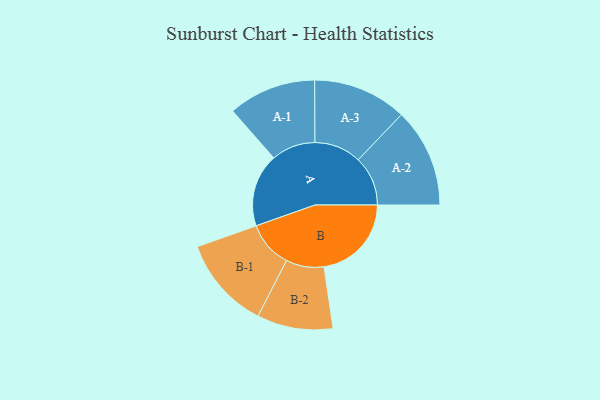
{"axis": {"x": "Segment", "y": "Value"}, "legend": ["", "A", "B"], "data": [{"x": "A", "y": 392, "type": ""}, {"x": "B", "y": 469, "type": ""}, {"x": "A-1", "y": 236, "type": "A"}, {"x": "A-2", "y": 266, "type": "A"}, {"x": "A-3", "y": 252, "type": "A"}, {"x": "B-1", "y": 249, "type": "B"}, {"x": "B-2", "y": 204, "type": "B"}]}